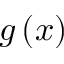
g \left( x \right)